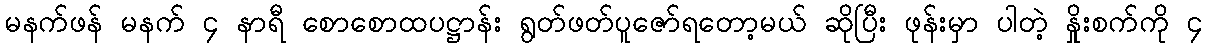
မနက်ဖန် မနက် ၄ နာရီ စောစောထပဋ္ဌာန်း ရွတ်ဖတ်ပူဇော်ရတော့မယ် ဆိုပြီး ဖုန်းမှာ ပါတဲ့ နှိုးစက်ကို ၄